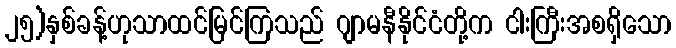
၂၅)နှစ်ခန့်ဟုသာထင်မြင်ကြသည် ဂျာမနီနိုင်ငံတို့က ငါးကြီးအစရှိသော